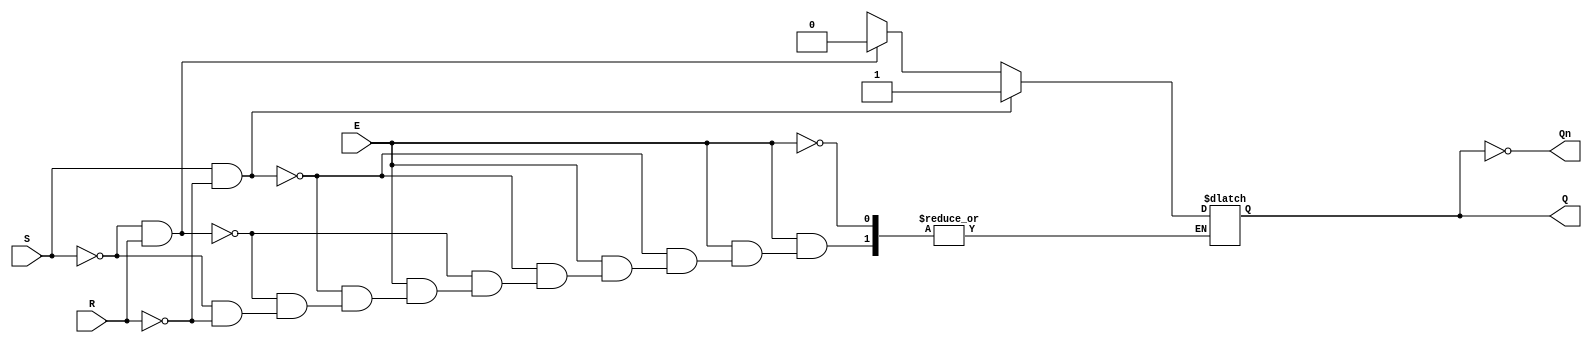
module gated_sr_latch (
    input wire S,      // Set input
    input wire R,      // Reset input
    input wire E,      // Enable input
    output reg Q,      // Output Q
    output wire Qn     // Complementary output Q'
);

// Complementary output
assign Qn = ~Q;

// Always block to implement the gated SR latch behavior
always @(*) begin
    if (E) begin
        if (S && !R) begin
            Q = 1'b1;  // Set Q to 1
        end else if (!S && R) begin
            Q = 1'b0;  // Reset Q to 0
        end else if (!S && !R) begin
            // Maintain current state (do nothing)
            Q = Q;     // Hold previous state
        end else begin
            // Invalid condition (S = 1 and R = 1)
            Q = 1'bx;  // Undefined state
        end
    end
    // If E is low, retain the previous state (Q remains unchanged)
end

endmodule